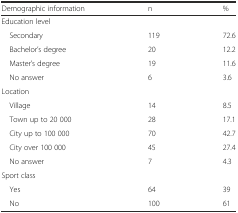
<table><thead><tr><td><b>Demographic information</b></td><td><b>n</b></td><td><b>%</b></td></tr></thead><tbody><tr><td>Education level</td><td></td><td></td></tr><tr><td> Secondary</td><td>119</td><td>72.6</td></tr><tr><td> Bachelor’s degree</td><td>20</td><td>12.2</td></tr><tr><td> Master’s degree</td><td>19</td><td>11.6</td></tr><tr><td> No answer</td><td>6</td><td>3.6</td></tr><tr><td>Location</td><td></td><td></td></tr><tr><td> Village</td><td>14</td><td>8.5</td></tr><tr><td> Town up to 20 000</td><td>28</td><td>17.1</td></tr><tr><td> City up to 100 000</td><td>70</td><td>42.7</td></tr><tr><td> City over 100 000</td><td>45</td><td>27.4</td></tr><tr><td> No answer</td><td>7</td><td>4.3</td></tr><tr><td>Sport class</td><td></td><td></td></tr><tr><td> Yes</td><td>64</td><td>39</td></tr><tr><td> No</td><td>100</td><td>61</td></tr></tbody></table>